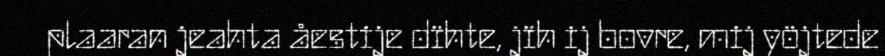
plaaran jeahta åestije dïhte, jïh ij bovre, mij yöjtede